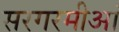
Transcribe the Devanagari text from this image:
सरगरमीआं